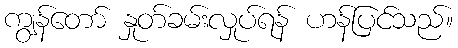
ကျွန်တော် နှုတ်ခမ်းလှုပ်ရန် ဟန်ပြင်သည်။